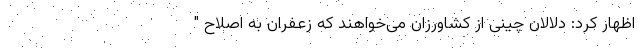
اظهار کرد: دلالان چینی از کشاورزان می‌خواهند که زعفران به اصلاح "